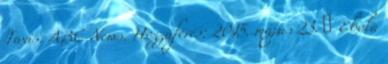
Taxis. ABC News. Hozzáférés: 2015. május 23. ↑ Ebola